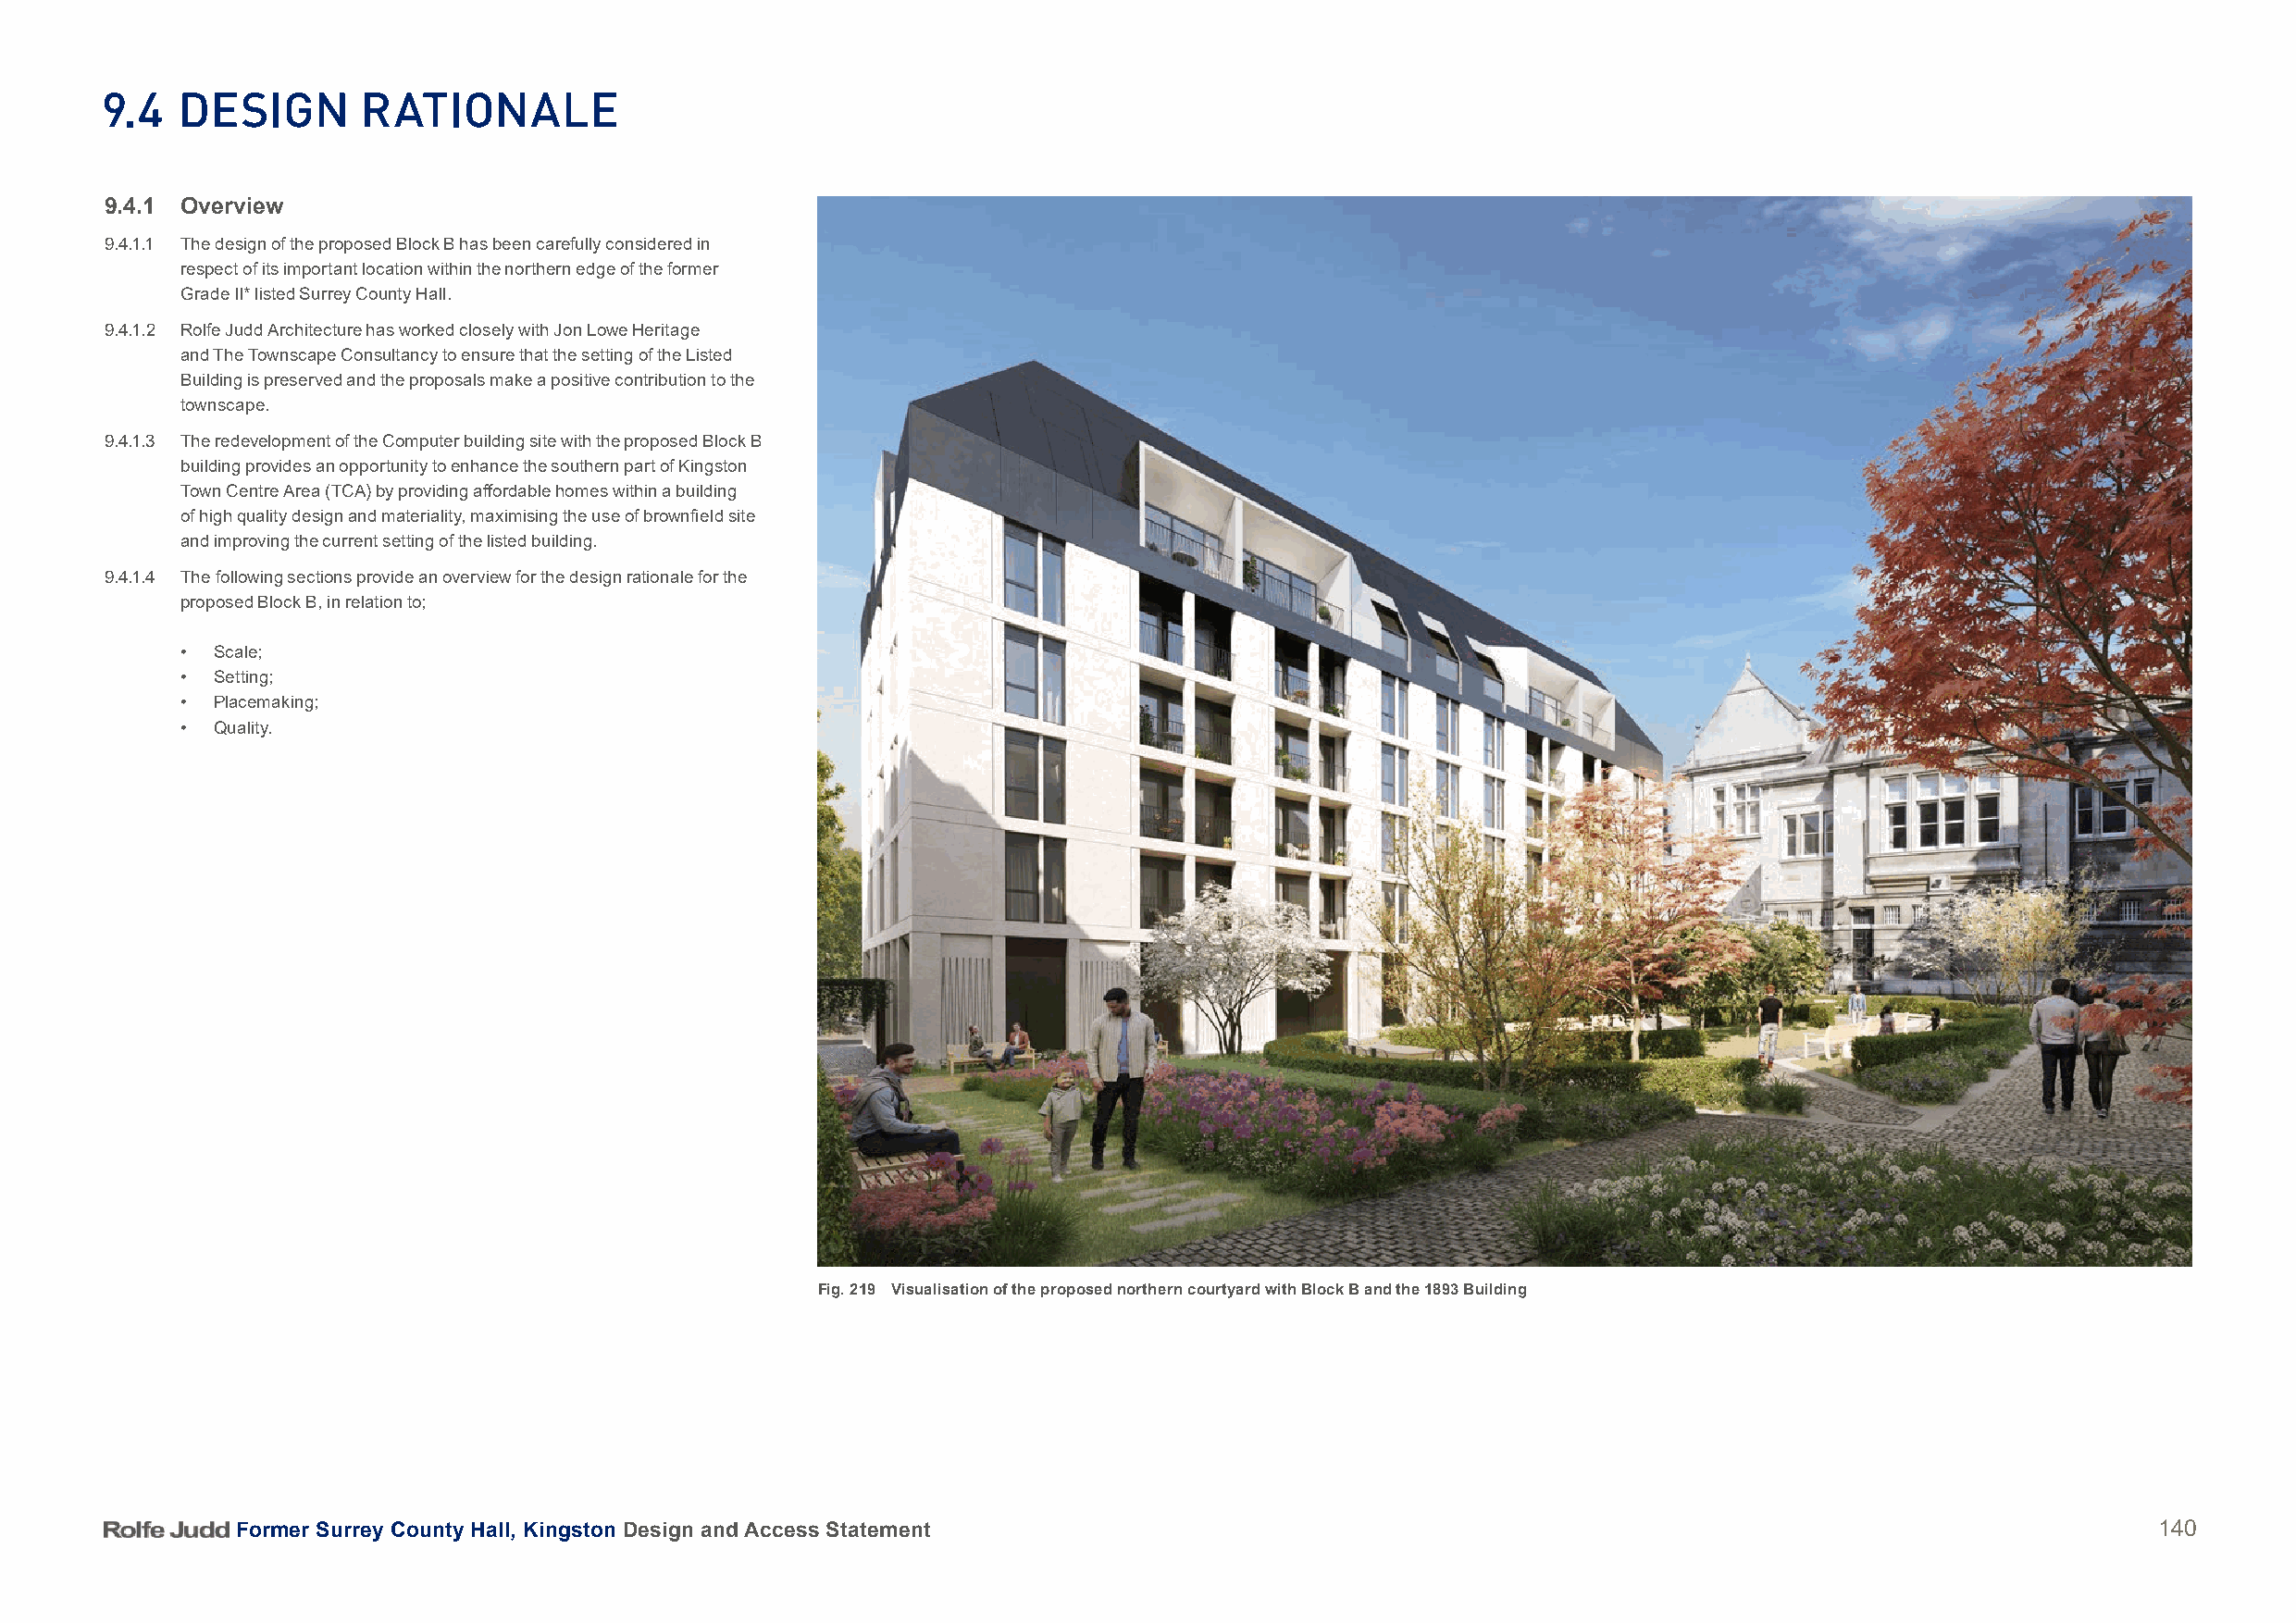
9.4   DeSign       rationale
 9.4.1 Overview
 9.4.1.1 The design of the proposed Block B has been carefully considered in
 respect of its important location within the northern edge of the former
 Grade II* listed Surrey County Hall.
 9.4.1.2 Rolfe Judd Architecture has worked closely with Jon Lowe Heritage
 and The Townscape Consultancy to ensure that the setting of the Listed
 Building is preserved and the proposals make a positive contribution to the
 townscape.
 9.4.1.3 The redevelopment of the Computer building site with the proposed Block B
 building provides an opportunity to enhance the southern part of Kingston
 Town Centre Area (TCA) by providing affordable homes within a building
 of high quality design and materiality, maximising the use of brownfield site
 and improving the current setting of the listed building.
 9.4.1.4 The following sections provide an overview for the design rationale for the
 proposed Block B, in relation to;
 • Scale;
 • Setting;
 • Placemaking;
 • Quality.
 Fig. 219 Visualisation of the proposed northern courtyard with Block B and the 1893 Building
 Former Surrey County Hall, Kingston Design and Access Statement                                                                          140